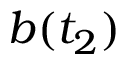
b ( t _ { 2 } )